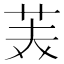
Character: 𮎪